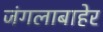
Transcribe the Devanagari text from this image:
जंगलाबाहेर